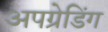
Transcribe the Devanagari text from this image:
अपग्रेडिंग